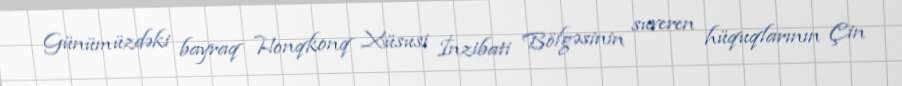
Günümüzdəki bayraq Honqkonq Xüsusi İnzibati Bölgəsinin suveren hüquqlarının Çin